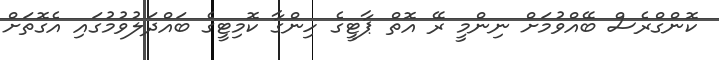
ކޮންގްރެސް ބޭއްވުމަށް ނިންމީ ރޭ އޮތް ޕާޓީގެ ހިންގާ ކޮމިޓީގެ ބައްދަލުވުމުގައި އެގޮތަށް